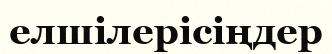
елшілерісіңдер